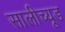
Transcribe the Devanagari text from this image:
सालीच्यूड